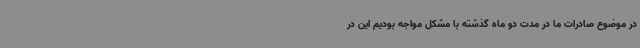
در موضوع صادرات ما در مدت دو ماه گذشته با مشکل مواجه بودیم این در